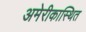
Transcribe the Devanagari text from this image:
अमेरीकास्थित